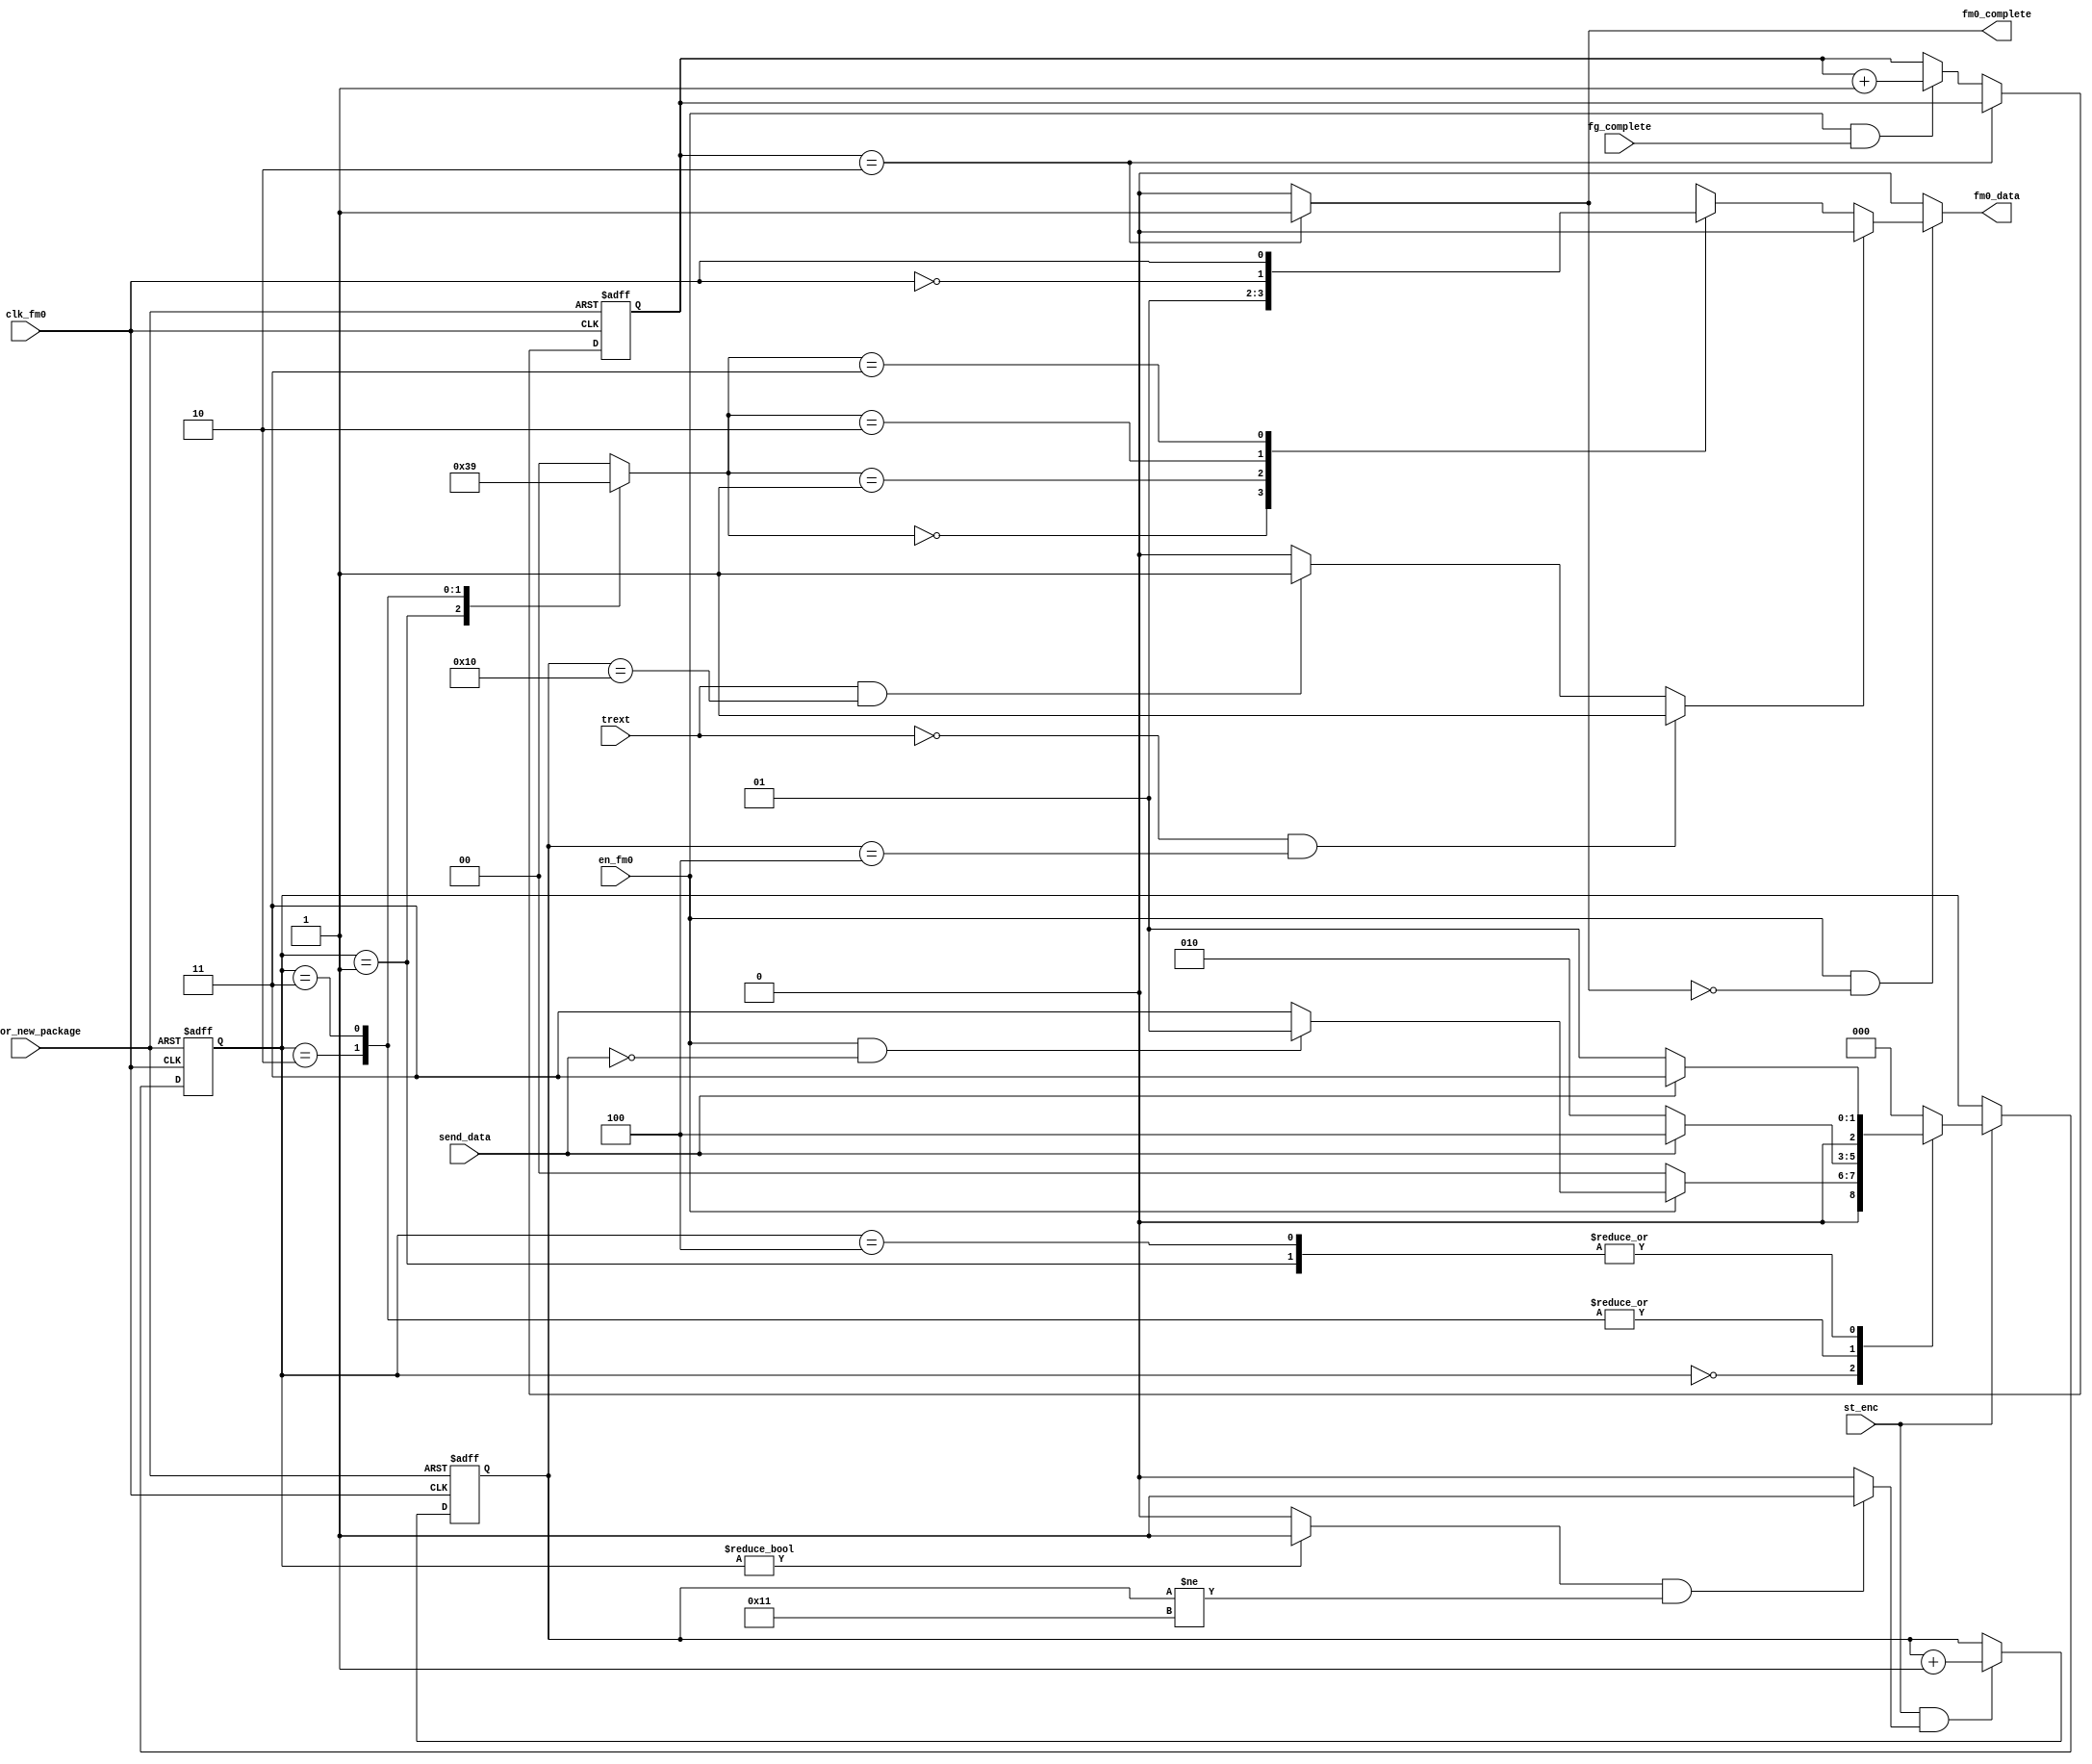
/*
	*	FM0 Encoder
	*
	*	By our algorithm, FM0 Encoder can operate in the lowest frequency
	*
	*	The common way to encode FM0 is using clock in double BLF to determine the output sigal of each period
	*	Our Algorithm does not use the double-BLF clock, it only needs the clock in BLF
	*
	*	The same concept is applied to design Miller Encoder
	*	The lowest operation frequency makes the Encoding save power dissipation
	*
	*	If enable FM0 Encoder, disable Miller Encoder and vice versa
*/


`timescale 1us / 1ns


module fm0_enc
(
output fm0_data,
output fm0_complete,
input clk_fm0,
input rst_for_new_package,
input send_data,
input en_fm0,
input trext,
input st_enc,
input fg_complete
);


parameter GetData = 3'b000;
parameter Data0p  = 3'b001;
parameter Data0n  = 3'b010;
parameter Data1p  = 3'b011;
parameter Data1n  = 3'b100;


reg [2:0]ps;		// present state
reg [2:0]ns;		// next state

wire clk_fm0_n;
wire en_vcnt;		// enable V counter
wire start_enc;		// start FM0 encoding
wire send_v;		// send V
wire m2o;		// output of MUX 2

reg [1:0]data_select;
reg m1o;		// output of MUX 1
reg [4:0]v_cnt;		// V coumter
reg [1:0]fg_comp_cnt;


assign clk_fm0_n = ~clk_fm0;

assign start_enc = (ps != GetData)? 1'b1 : 1'b0;

assign en_vcnt = (start_enc & (v_cnt != 5'h11))? 1'b1 : 1'b0;

assign send_v = (~trext & (v_cnt == 5'h04))? 1'b1 :
			   (trext & (v_cnt == 5'h10))? 1'b1 : 1'b0;
			   
assign m2o = send_v? 1'b0 : m1o;

assign fm0_data = (en_fm0 & ~fm0_complete)? m2o : 1'b0;


always@(posedge clk_fm0 or negedge rst_for_new_package) begin
	if(~rst_for_new_package) ps <= GetData;
	else if(st_enc) ps <= ns;
end

always@(*) begin
	case(ps)
		GetData : if(~en_fm0) ns = GetData;
				  else if(en_fm0 & (~send_data)) ns = Data0p;
				  else ns = Data1p;
		Data0p  : if(~send_data) ns = Data0p;
				  else ns = Data1p;
		Data0n	: if(~send_data) ns = Data0n;
				  else ns = Data1n;
		Data1p	: if(~send_data) ns = Data0n;
				  else ns = Data1n;
		Data1n	: if(~send_data) ns = Data0p;
				  else ns = Data1p;
		default : ns = GetData;
	endcase
end

always@(*) begin
	case(ps)
		GetData : data_select = 2'h0;
		Data0p	: data_select = 2'h3;
		Data0n	: data_select = 2'h2;
		Data1p	: data_select = 2'h1;
		Data1n	: data_select = 2'h0;
		default : data_select = 2'h0;
	endcase
end

always@(*) begin
	case(data_select)
		2'h0 : m1o = 1'b0;
		2'h1 : m1o = 1'b1;
		2'h2 : m1o = clk_fm0_n;
		2'h3 : m1o = clk_fm0;
	endcase
end

always@(posedge clk_fm0 or negedge rst_for_new_package) begin
	if(~rst_for_new_package) v_cnt <= 5'h00;
	else begin
		if(st_enc & en_vcnt) v_cnt <= v_cnt + 5'h01;
	end
end

always@(posedge clk_fm0 or negedge rst_for_new_package) begin
	if(~rst_for_new_package) fg_comp_cnt <= 2'b0;
	else begin
		if(fg_comp_cnt == 2'b10) fg_comp_cnt <= fg_comp_cnt;
		else if(en_fm0 & fg_complete) fg_comp_cnt <= fg_comp_cnt + 2'b1;
	end
end

assign fm0_complete = (fg_comp_cnt == 2'b10)? 1'b1 : 1'b0;


endmodule